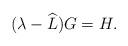
LaTeX: \begin{align*} (\lambda - \widehat{L})G = H. \end{align*}